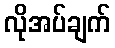
လိုအပ်ချက်